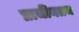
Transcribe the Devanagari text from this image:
प्राचींनतम